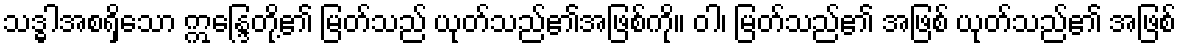
သဒ္ဓါအစရှိသော ဣန္ဒြေတို့၏ မြတ်သည် ယုတ်သည်၏အဖြစ်ကို။ ဝါ၊ မြတ်သည်၏ အဖြစ် ယုတ်သည်၏ အဖြစ်